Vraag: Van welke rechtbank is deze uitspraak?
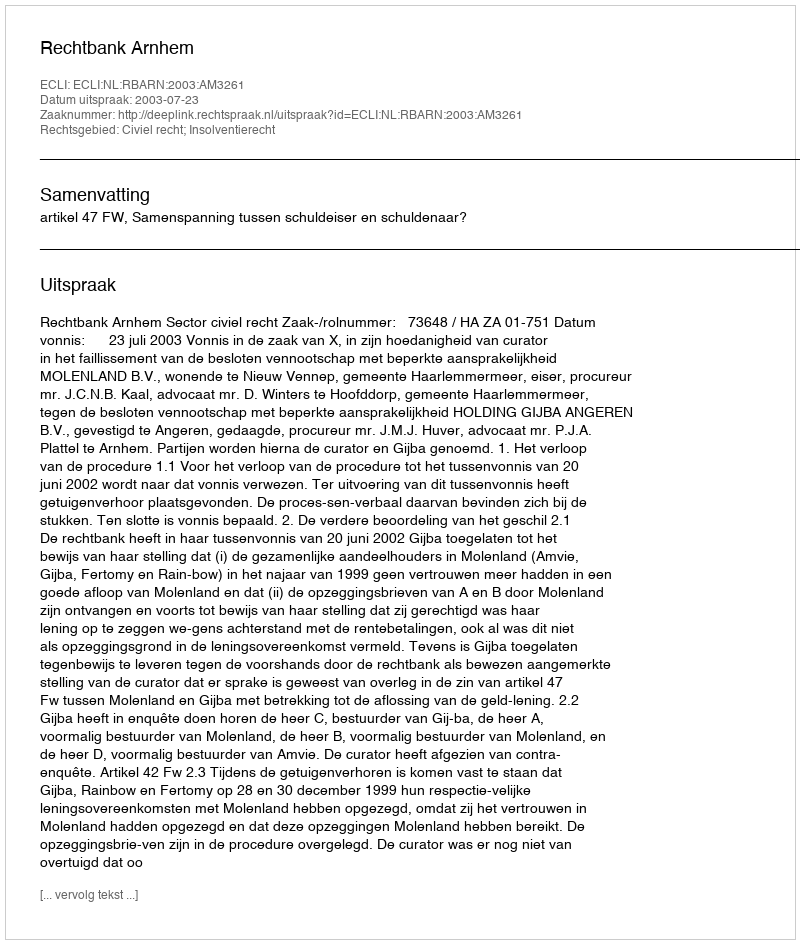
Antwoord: Rechtbank Arnhem